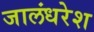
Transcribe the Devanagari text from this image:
जालंधरेश